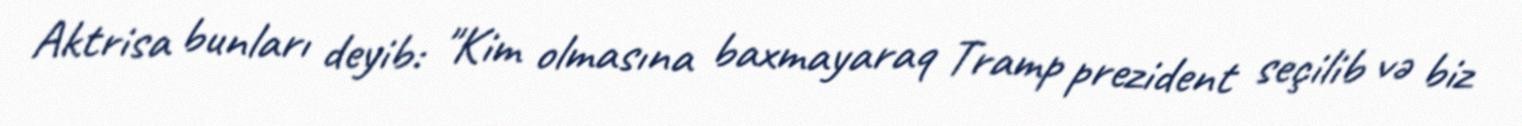
Aktrisa bunları deyib: "Kim olmasına baxmayaraq Tramp prezident seçilib və biz